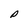
Character: P